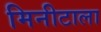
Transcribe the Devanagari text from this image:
मिनीटाला